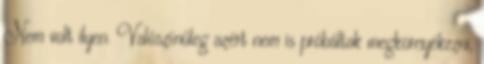
Nem volt ilyen. Valószínűleg azért nem is próbáltak megkörnyékezni,